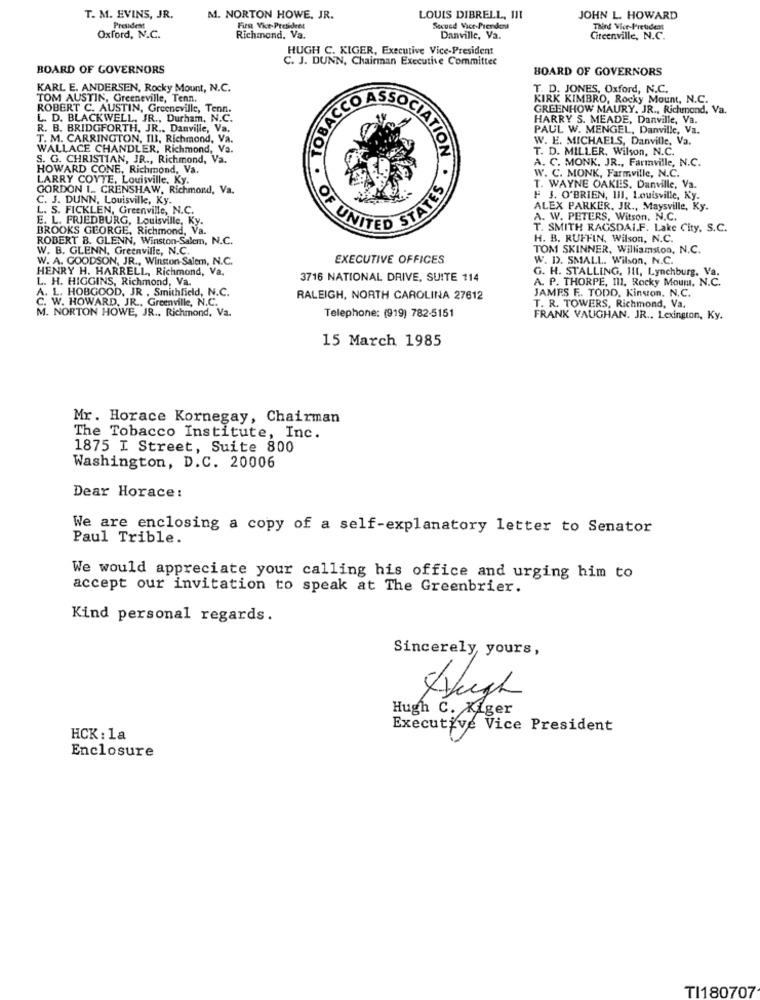
T. M. EVINS, JR.
M. NORTON HOWE, JR.
LOUIS DIBRELL, III
JOHN L. HOWARD
President
Fiest Vice-President
Sexund Vice-Prendent
Third Vice-President
Oxford, N.C.
Richmond. Va.
Danville, Va.
Citeenville, N.C.
HUGH C. KIGER, Executive Vice-President
C. J. DUNN, Chairman Executive Committee
BOARD OF GOVERNORS
BOARD OF GOVERNORS
KARL E. ANDERSEN, Rocky Mount, N.C.
T. D. JONES, Oxford, N.C.
TOM AUSTIN, Greeneville, Tenn.
ACCOA
KIRK KIMBRO, Rocky Mount, N.C.
ROBERT C. AUSTIN, Greeneville, Tenn.
GREENHOW MAURY. JR ., Richmond, Va.
L. D. BLACKWELL, JR ., Durham, N.C.
HARRY S. MEADE, Danville, Va.
R. B. BRIDGFORTH, JR ., Danville, Va.
PAUL W. MENGEL, Danville, Va.
T. M. CARRINGTON, III, Richmond, Va.
W. E. MICHAELS, Danville, Va.
WALLACE CHANDLER, Richmond, Va.
T. D. MILLER. Wilson, N.C.
S. G. CHRISTIAN, JR ., Richmond, Va.
ATION
A. C. MONK, JR ., Farinville, N.C.
HOWARD CONE, Richmond, Va.
LARRY COYTE, Louisville. Ky.
W. C. MONK, Farmville, N.C.
GORDON I. CRENSHAW, Richmond, Va.
T. WAYNE OAKES. Danville, Va.
C. J. DUNN, Louisville, Ky.
F J. O'BRIEN, Ill. Louisville, Ky.
L. S. FICKLEN, Greenville, N.C.
ALEX PARKER, JR ., Maysville, Ky.
E. L. FRIEDBURG, Louisville, Ky.
UNITED STATE
A. W. PETERS, Witson. N.C.
BROOKS GEORGE, Richmond, Va.
T. SMITH RAGSDAIF. Lake City, S.C.
ROBERT B. GLENN, Winston-Salem, N.C.
H. B. RUFFIN, Wilson, N.C.
W. B. GLENN, Greenville, N.C.
TOM SKINNER, Williamston, N.C.
W. A. GOODSON, JR ., Winston-Salem, N.C.
EXECUTIVE OFFICES
W. D. SMALL. Wilson, N.C.
HENRY H. HARRELL, Richmond, Va.
L. H. HIGGINS, Richmond, Va.
3716 NATIONAL DRIVE, SUITE 114
G. H. STALLING, Ill, Lynchburg, Va.
A. P. THORPE, Ill, Rocky Moum. N.C.
A. L. HOBGOOD, JR . Smithfield, N.C.
C. W. HOWARD, JR ., Greenville, N.C.
RALEIGH, NORTH CAROLINA 27612
JAMES F. TODD, Kinston. N.C.
T. R. TOWERS, Richmond, Va.
M. NORTON HOWE, JR ., Richmond, Va.
Telephone: (919) 782-5151
FRANK VAUGHAN. JR ., Lexington, Ky.
15 March 1985
Mr. Horace Kornegay, Chairman
The Tobacco Institute, Inc.
1875 I Street, Suite 800
Washington, D.C. 20006
Dear Horace:
We are enclosing a copy of a self-explanatory letter to Senator
Paul Trible.
We would appreciate your calling his office and urging him to
accept our invitation to speak at The Greenbrier.
Kind personal regards.
Sincerely yours,
Hugh
Hugh C. Kiger
Executive Vice President
HCK: 1a
Enclosure
TI180707